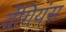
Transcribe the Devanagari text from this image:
वेंगियंस